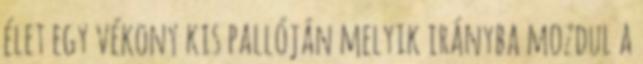
élet egy vékony kis pallóján melyik irányba mozdul a